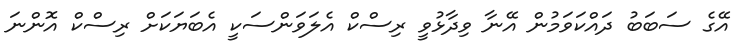
އޭގެ ސަބަބު ދައްކަވަމުން އޭނާ ވިދާޅުވީ ރިސްކް އެލަވަންސަކީ އެބަޔަކަށް ރިސްކް އޮންނަ